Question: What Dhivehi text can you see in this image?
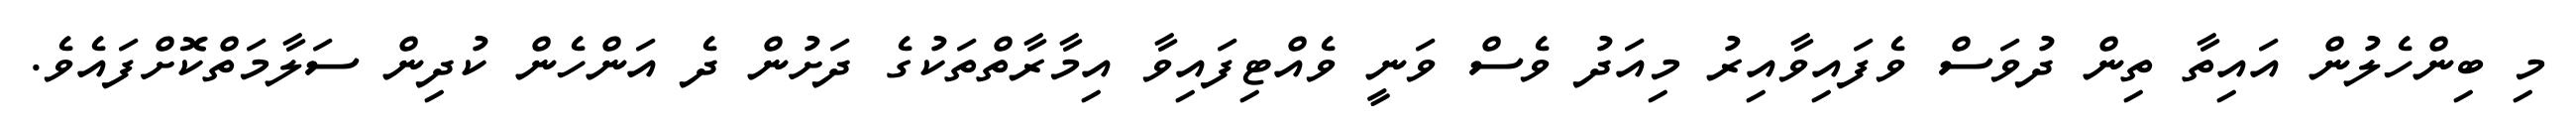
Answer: މި ބިންހެލުން އައިތާ ތިން ދުވަސް ވެފައިވާއިރު މިއަދު ވެސް ވަނީ ވެއްޓިފައިވާ އިމާރާތްތަކުގެ ދަށުން ދެ އަންހެން ކުދިން ސަލާމަތްކޮށްފައެވެ.